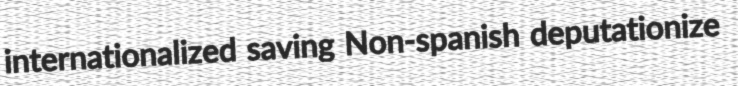
internationalized saving Non-spanish deputationize